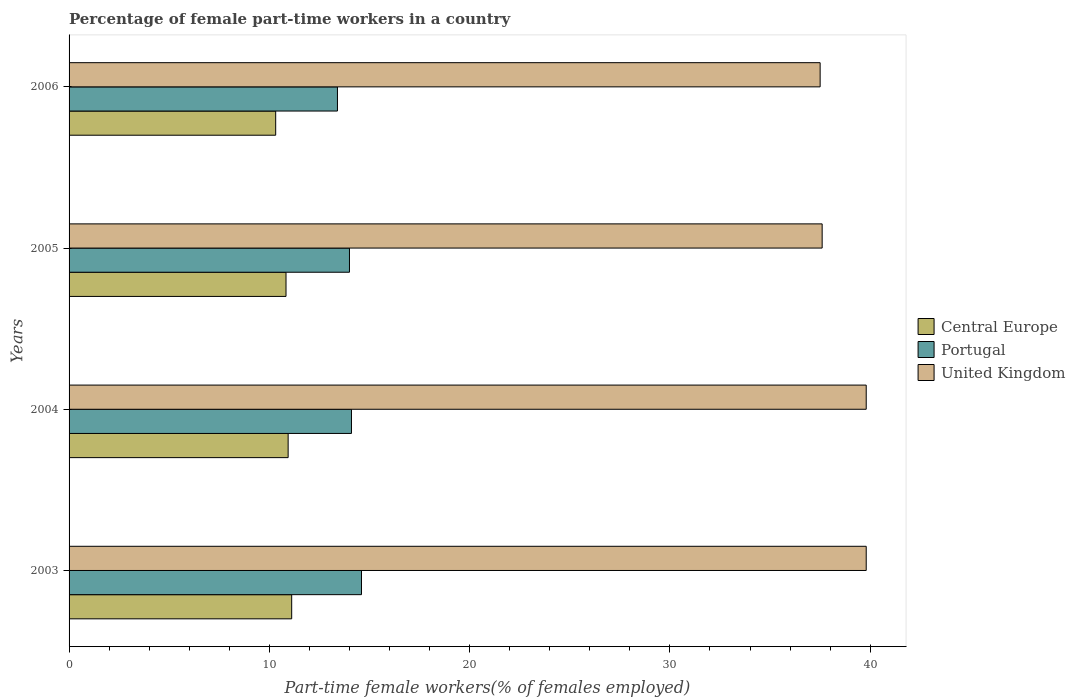
| Years | Central Europe | Portugal | United Kingdom |
 | --- | --- | --- | --- |
 | 2003 | 11.1 | 14.6 | 39.8 |
 | 2004 | 10.9 | 14.1 | 39.8 |
 | 2005 | 10.8 | 14 | 37.6 |
 | 2006 | 10.3 | 13.4 | 37.5 |